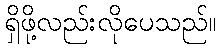
ရှိဖို့လည်းလိုပေသည်။